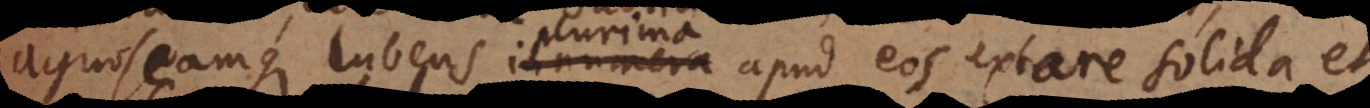
agnoscamque lubens innumera apud eos extare solid